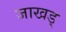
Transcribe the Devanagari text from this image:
जाखड्